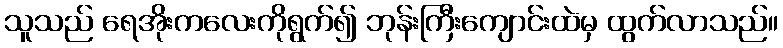
သူသည် ရေအိုးကလေးကိုရွက်၍ ဘုန်းကြီးကျောင်းထဲမှ ထွက်လာသည်။